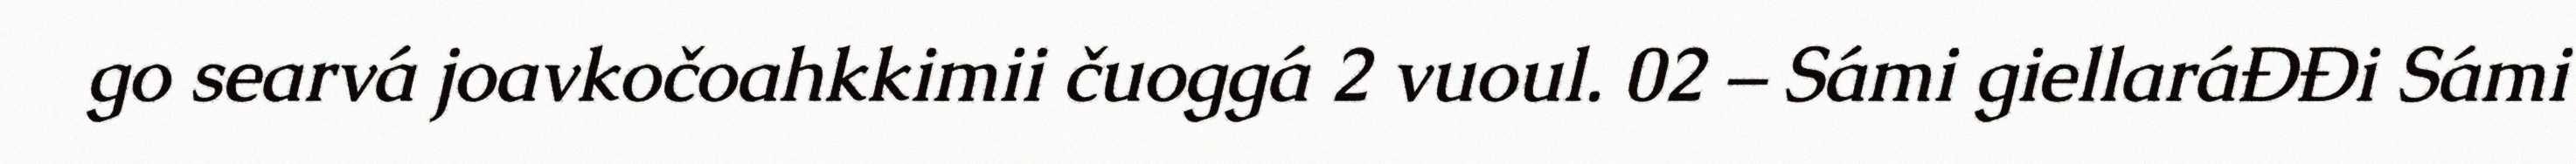
go searvá joavkočoahkkimii čuoggá 2 vuoul. 02 – Sámi giellaráĐĐi Sámi